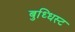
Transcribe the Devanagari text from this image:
बुध्धिस्ट